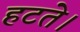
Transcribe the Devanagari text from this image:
हटते।